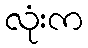
လုံးက